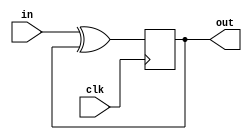
module top_module (
    input clk,
    input in, 
    output out);
    
    wire xor1;
    assign xor1 = in ^ out;
    always @(posedge clk)
        out <= xor1;
endmodule